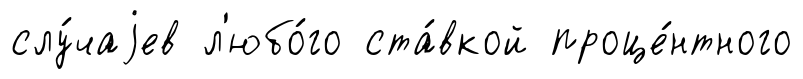
слу́чаjев л'юбо́го ста́вкой проце́нтного